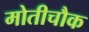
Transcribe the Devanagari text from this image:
मोतीचौक